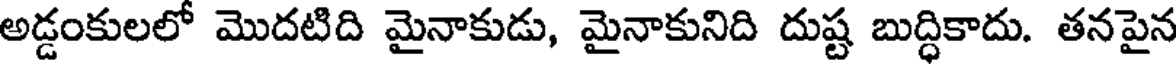
అడ్డంకులలో మొదటిది మైనాకుడు, మైనాకునిది దుష్ట బుద్ధికాదు. తనపైన